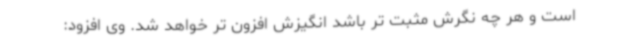
است و هر چه نگرش مثبت تر باشد انگیزش افزون تر خواهد شد. وی افزود: